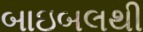
બાઇબલથી